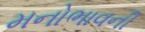
મનોભાવની